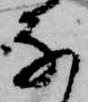
な